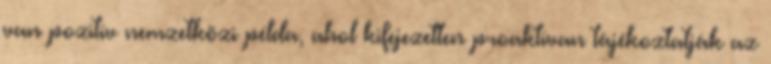
van pozitív nemzetközi példa, ahol kifejezetten proaktívan tájékoztatják az